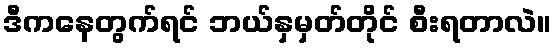
ဒီကနေတွက်ရင် ဘယ်နှမှတ်တိုင် စီးရတာလဲ။